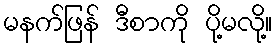
မနက်ဖြန် ဒီစာကို ပို့မလို့။